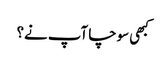
کبھی سوچا آپ نے؟